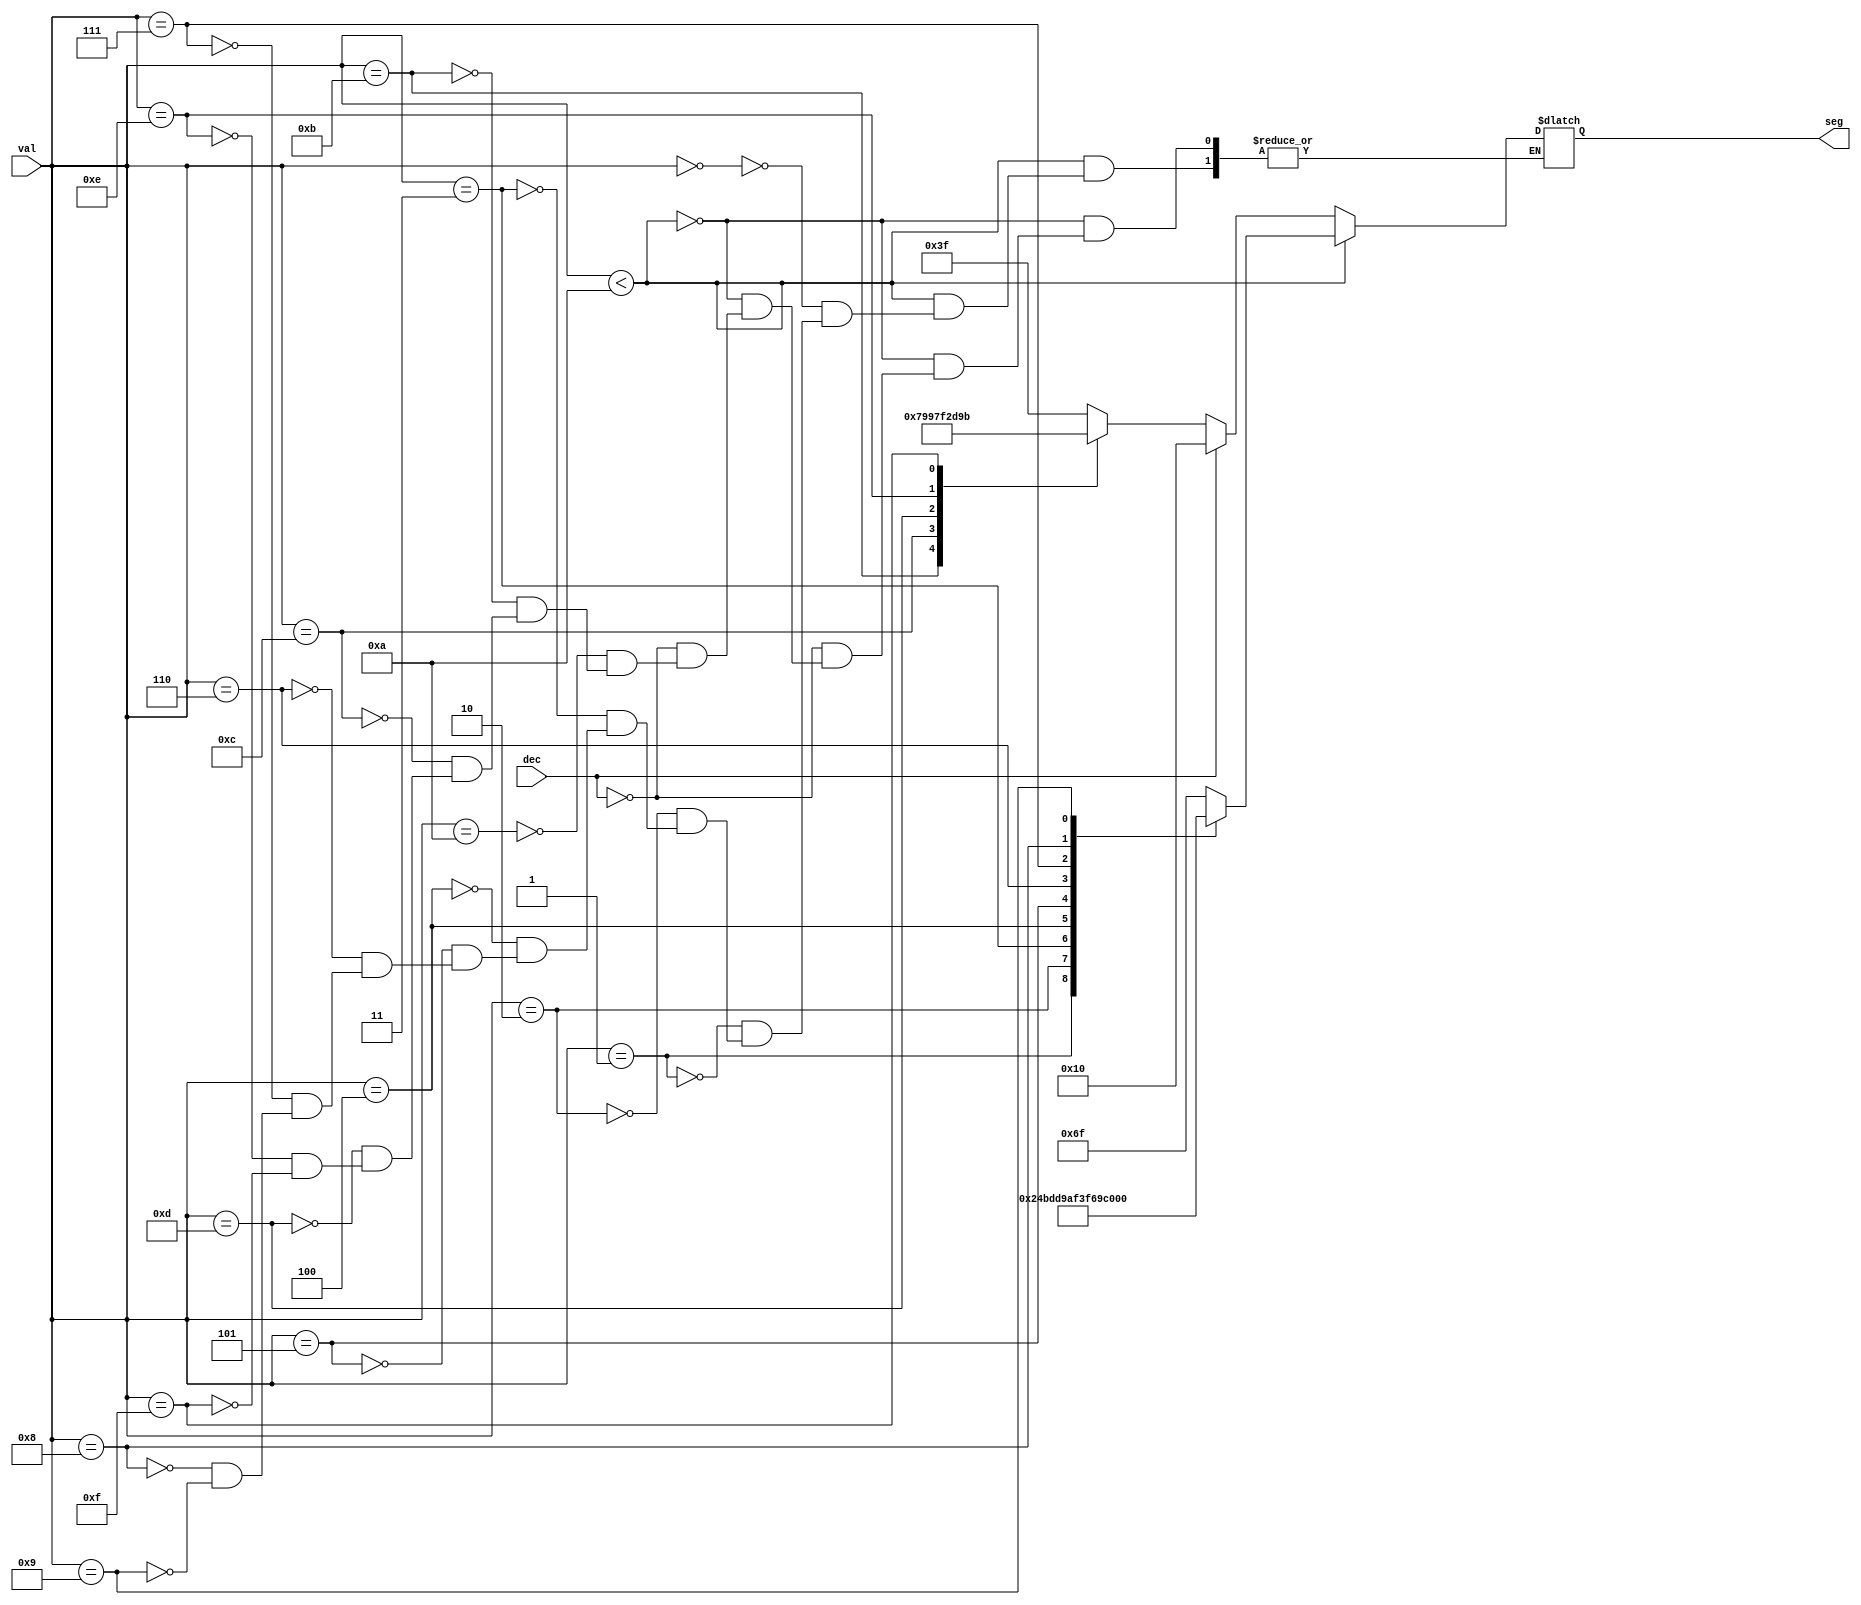
/*
PL_L0_BCD7_if.v - implements a purely async/combinatorial BCD to 7-segment converter.

Alternate implementation of PL_L0_BCD7 using an "if" conditioned on the dec flag to see if I can't simplify the graph we get.

So instead of one 5 bit -> 7 bit logic lump, we get two 4-bit -> 7 bit logic lumps.
...and possibly not even that. They're the same up to 9. Can we also do an if val < 10?
Let's first try the two lumps way - nah, let's do it the awesome way with two ifs and see what if val < 10 does, if it's even legal

Would it be better just to do a damn case statement? LET'S TRY THAT!

the segments are numbered thus:
     ___
  0 | 1 | 2
    |___|
  3 | 4 | 5
    |___|
      6

So 1 is the top one there, others should be pretty unambiguous.

Truth table: in all cases lsb to right
      val   seg            seg(hex)

if val < 9:
  0:  0000  1 1 0  1 1 1 1 (6F)
  1:  0001  0 1 0  0 1 0 0 (24)
  2:  0010  1 0 1  1 1 1 0 (5E)
  3:  0011  1 1 1  0 1 1 0 (76)
  4:  0100  0 1 1  0 1 0 1 (35)
  5:  0101  1 1 1  0 0 1 1 (73)
  6:  0110  1 1 1  1 0 1 1 (7B)
  7:  0111  0 1 0  0 1 1 0 (26)
  8:  1000  1 1 1  1 1 1 1 (7F)
  9:  1001  1 1 1  0 1 1 1 (77)

if dec == 0:
  A:  1010  0 1 1  1 1 1 1 (3F)
  B:  1011  1 1 1  1 0 0 1 (79)
  C:  1100  1 0 0  1 0 1 1 (4B)
  D:  1101  1 1 1  1 1 0 0 (7C)
  E:  1110  1 0 1  1 0 1 1 (5B)
  F:  1111  0 0 1  1 0 1 1 (1B)
else:
  X:  XXXX  0 0 1  0 0 0 0 (10)


Let's try a show of it thru yosys like this from https://rhye.org/post/fpgas-for-software-engineers-0-basics/

yosys -q << EOF
read_verilog PL_L0_BCD7_if.v; // Read in our verilog file
hierarchy -check; // Check and expand the design hierarchy
proc; opt; // Convert all processes in the design with logic, then optimize
fsm; opt;  // Extract and optimize the finite state machines in the design
synth_ice40 -top top_test;  //will this work? sean adds
show -stretch PL_L0_BCD7_if; // Generate and display a graphviz output of the BCD to 7seg module (sean adds stretch to put all inputs at left, outs at right)
EOF
*/

`default_nettype none

module PL_L0_BCD7_if(
    input wire[3:0] val,
    input wire dec,
    output reg[6:0] seg
);
    always @(val,dec) begin
        if(val < 10) begin
            case (val)
                4'b0000: seg = 7'b1101111; // (6F)
                4'b0001: seg = 7'b0100100; // (24)
                4'b0010: seg = 7'b1011110; // (5E)
                4'b0011: seg = 7'b1110110; // (76)
                4'b0100: seg = 7'b0110101; // (35)
                4'b0101: seg = 7'b1110011; // (73)
                4'b0110: seg = 7'b1111011; // (7B)
                4'b0111: seg = 7'b0100110; // (26)
                4'b1000: seg = 7'b1111111; // (7F)
                4'b1001: seg = 7'b1110111; // (77)
            endcase
        end else begin
            if(~dec) begin
                case (val)
                    4'b1010: seg = 7'b0111111; // (3F)
                    4'b1011: seg = 7'b1111001; // (79)
                    4'b1100: seg = 7'b1001011; // (4B)
                    4'b1101: seg = 7'b1111100; // (7C)
                    4'b1110: seg = 7'b1011011; // (5B)
                    4'b1111: seg = 7'b0011011; // (1B)
                endcase
            end else begin
                seg = 7'b0010000;           //the actual logic for this case!
            end
        end
    end
endmodule